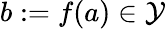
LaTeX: b:=f(a)\in\mathcal{Y}